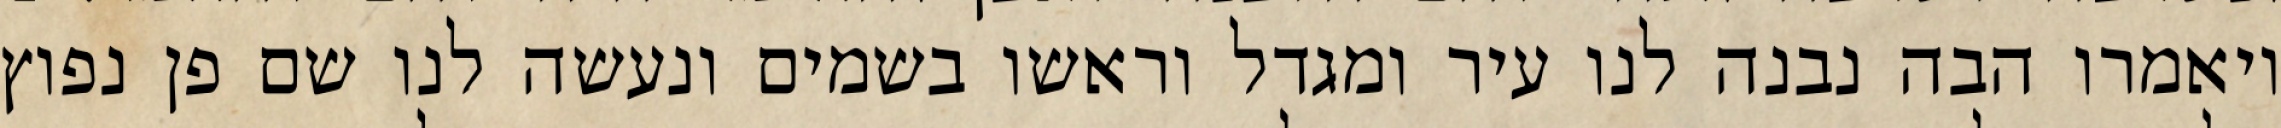
ויאמרו הבה נבנה לנו עיר ומגדל וראשו בשמים ונעשה לנו שם פן נפוץ